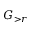
G _ { > r }